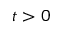
t > 0